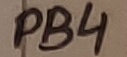
Text: PB4